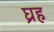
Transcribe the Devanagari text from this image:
घ्रह